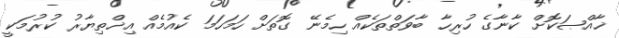
ޚާއްޞަކޮށް ކާނާގެ ހުރިހާ ބާވަތްތަކެއް ހިމެނޭ ގޮތަށް ހަމަހަމަ ކެއުމެއް އިޚްތިޔާރު ކުރުމަކީ